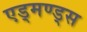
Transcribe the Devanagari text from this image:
एड्मण्ड्स